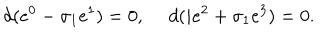
d ( e ^ { 0 } - \sigma _ { 1 } e ^ { 1 } ) = 0 , \ d ( i e ^ { 2 } + \sigma _ { 1 } e ^ { 3 } ) = 0 .